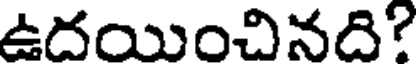
ఉదయించినది?